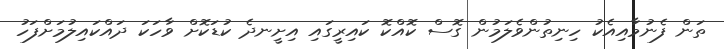
ތަން ފެނުމާއިއެކު ހިނިތުންވެލަމުން ގޮސް ކޮއްކޮ ކައިރީގައި އިށީނދެ ކުޑަކޮށް ވާހަކަ ދައްކައިލުމަށްފަހު